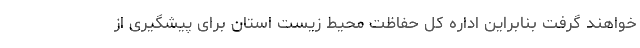
خواهند گرفت بنابراین اداره کل حفاظت محیط زیست استان برای پیشگیری از